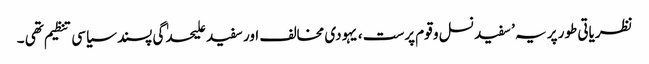
نظریاتی طور پر یہ ’ سفید نسل و قوم پرست ، یہودی مخالف اور سفید علیحدٰگی پسند سیاسی تنظیم تھی ۔